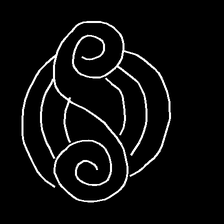
Glyph: wind-underfoot